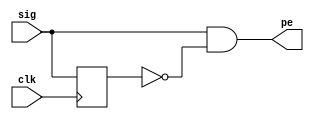
module pos_edge_det (input sig, input clk, output pe);
reg d;
always @ (posedge clk) begin
	d <= sig;
end
assign pe = sig & ~d;
endmodule